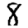
Digit: 8